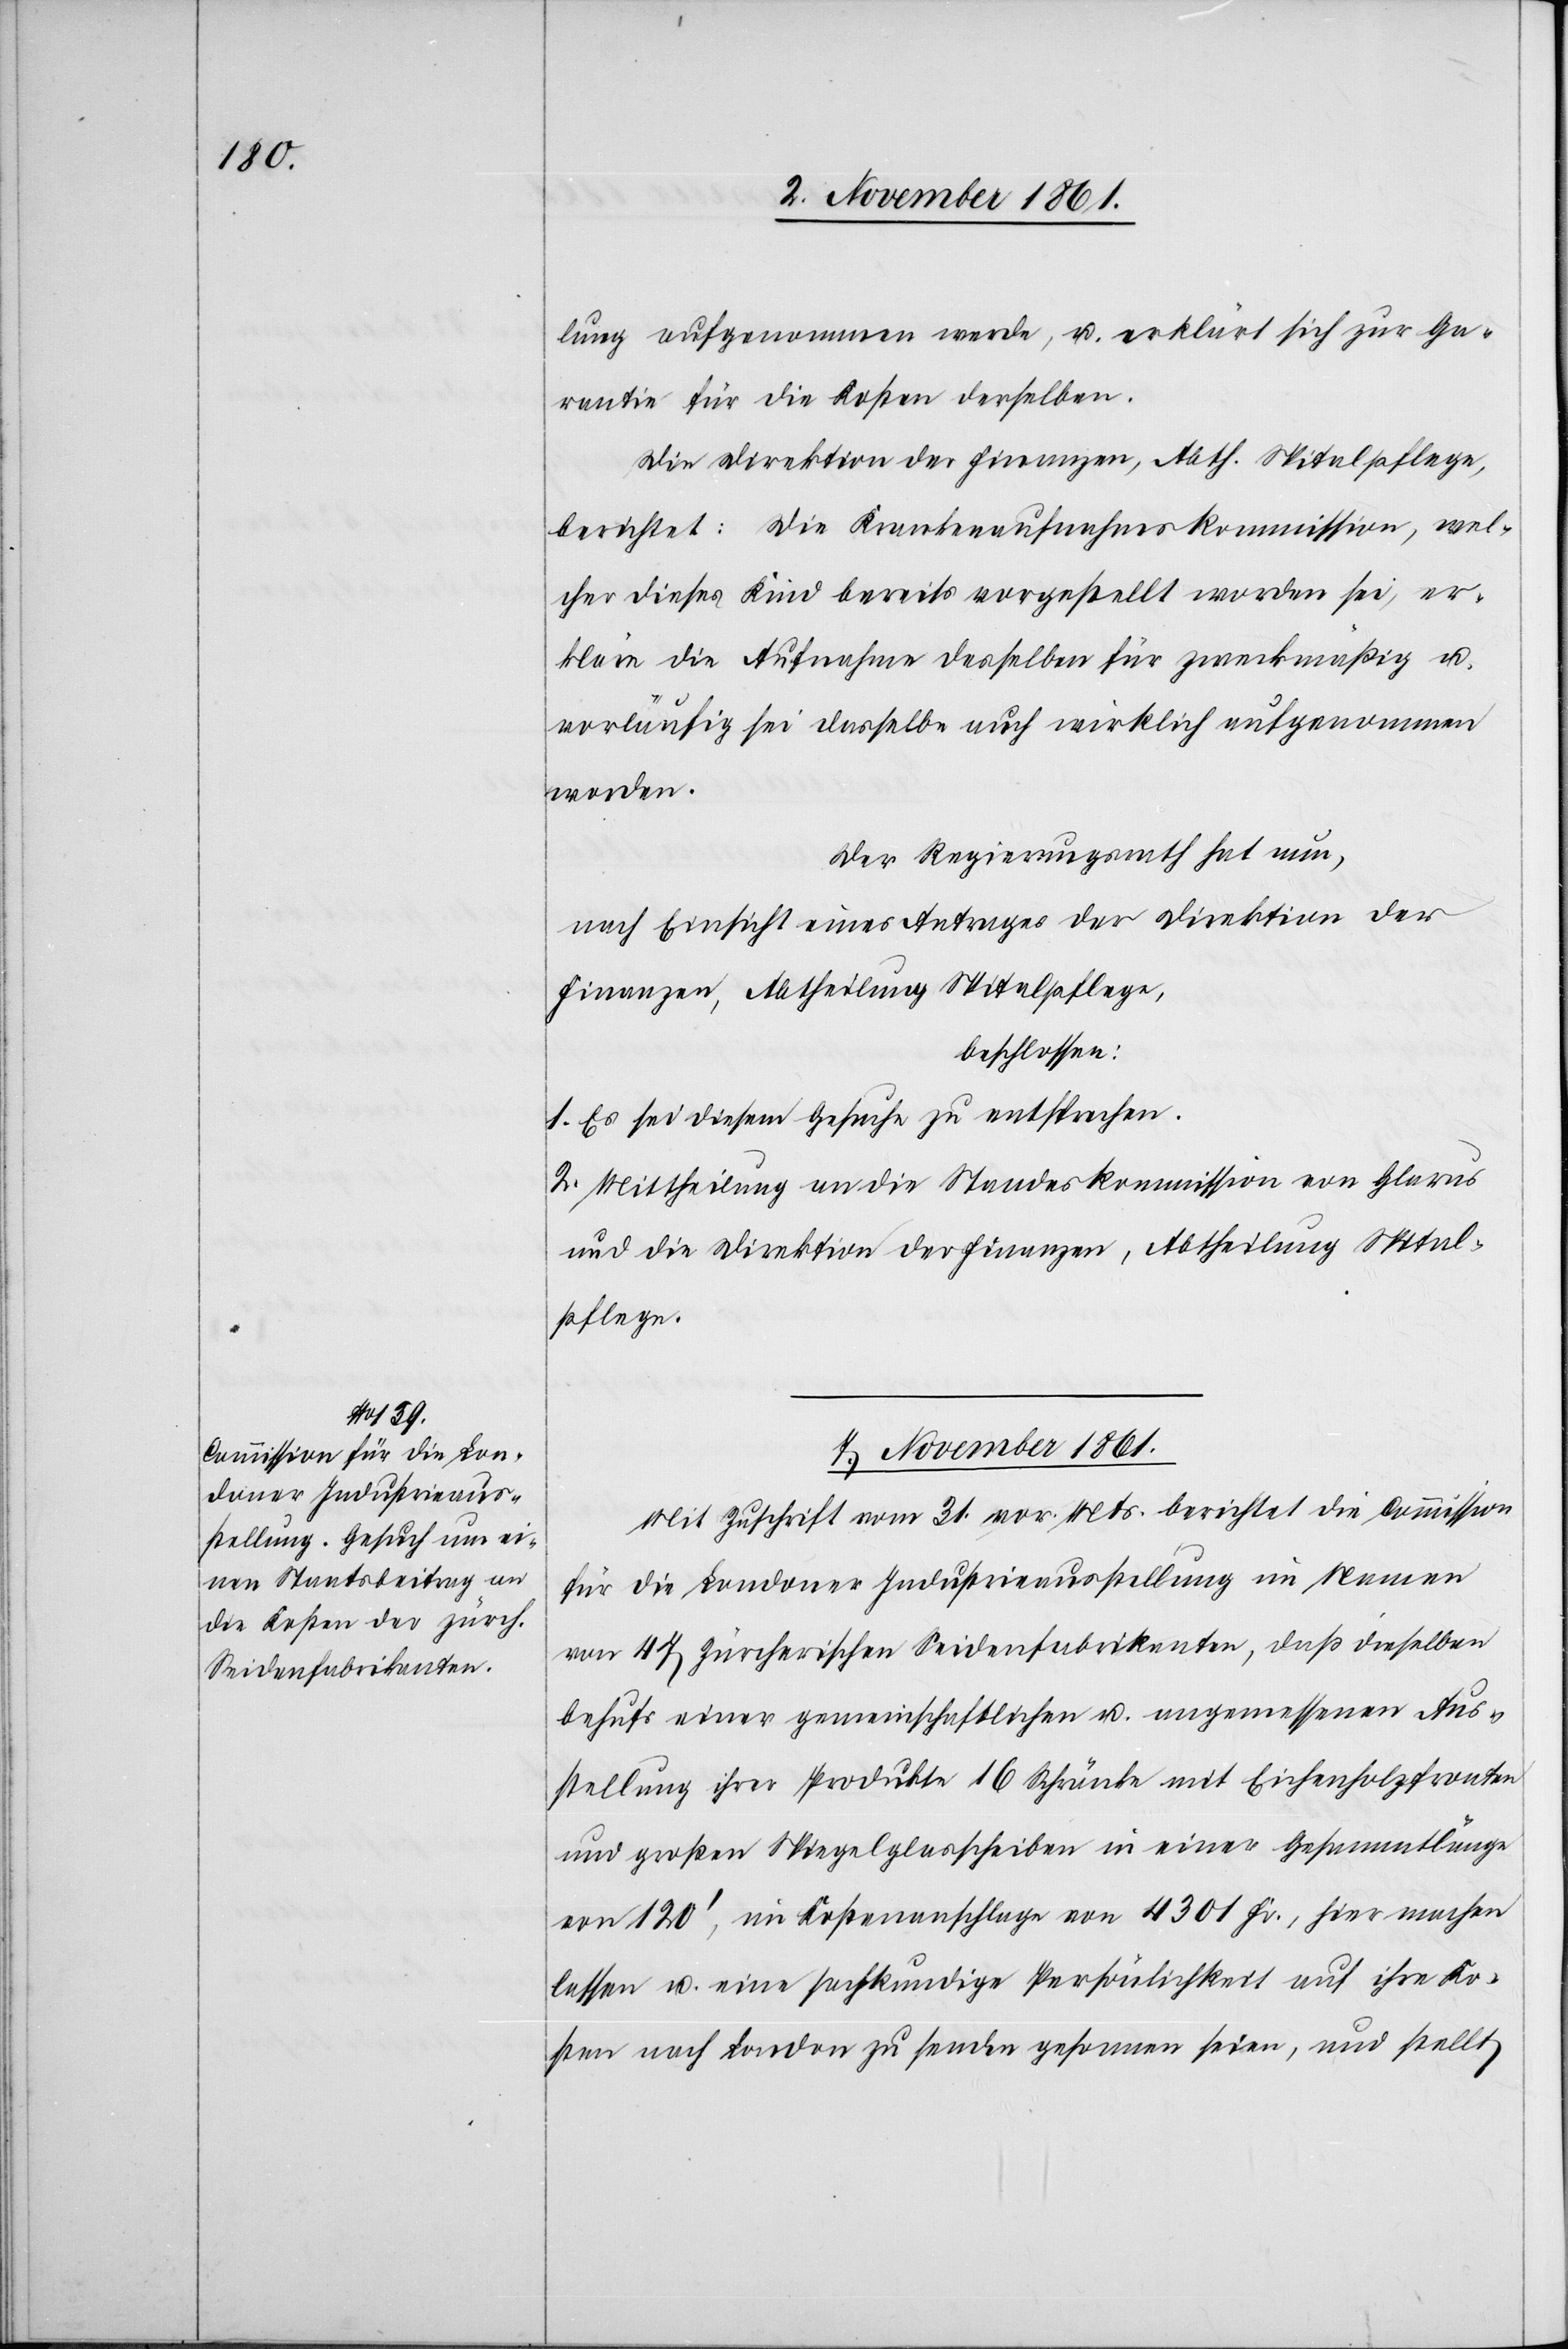
lung aufgenommen werde, u. erklärt sich zur Ga¬
rantie für die Kosten derselben.
Die Direktion der Finanzen, Abth. Spitalpflege,
berichtet: Die Krankenaufnahmskommission, wel¬
cher dieses Kind bereits vorgestellt worden sei, er¬
kläre die Aufnahme desselben für zweckmäßig u.
vorläufig sei dasselbe auch wirklich aufgenommen
worden.
Der Regierungsrath hat nun,
nach Einsicht eines Antrages der Direktion der
beschlossen:
1. Es sei diesem Gesuche zu entsprechen.
2. Mittheilung an die Standeskommission von Glarus
und die Direktion der Finanzen, Abtheilung Spital¬
pflege.
7 November 1861.
Mit Zuschrift vom 31 vor. Mts. berichtet die Commission
für die Londoner Industrieausstellung im Namen
von 47 Zürcherischen Seidenfabrikanten, daß dieselben
behufs einer gemeinschaftlichen u. angemessenen Aus¬
stellung ihrer Produkte 16 Schränke mit Eichenholzfronten
und großen Spiegelglasschreiben in einer Gesammtlänge
von 120’, im Kostenanschlage von 4301 Fr. hier machen
lassen u. eine sachkundige Persönlichkeit auf ihre Ko¬
sten nach London zu senden gesonnen seien, und stellt